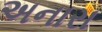
અનારા